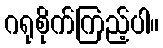
ဂရုစိုက်ကြည့်ပါ။